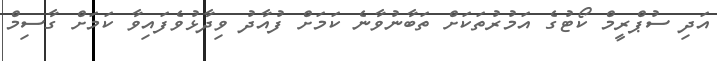
އަދި ސުޕްރީމް ކޯޓުގެ އަމުރުތަކަށް ތަބާނުވާނެ ކަމަށް ފުއާދު ވިދާޅުވެފައިވާ ކަމަށް ގާސިމް